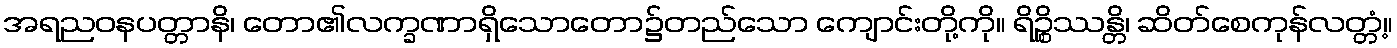
အရညဝနပတ္တာနိ၊ တော၏လက္ခဏာရှိသောတော၌တည်သော ကျောင်းတို့ကို။ ရိဉ္စိဿန္တိ၊ ဆိတ်စေကုန်လတ္တံ့။